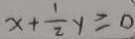
x + \frac { 1 } { 2 } y \geq 0